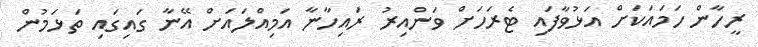
ރީހާން ހަމައަކަށް އަޅުވާފައި ޓެރަހަށް ވަންއިރު ރައިހާނާ އަމިއްލައަަށް އޭނާ ގައިގައި ތަޅަމުން